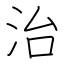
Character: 治